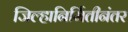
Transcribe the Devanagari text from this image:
जिल्हानिर्मितीनंतर